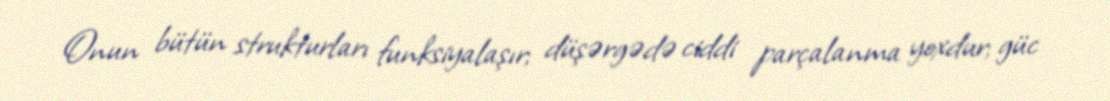
Onun bütün strukturları funksiyalaşır; düşərgədə ciddi parçalanma yoxdur; güc